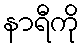
နာရီကို